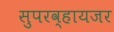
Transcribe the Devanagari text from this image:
सुपरव्हायजर